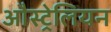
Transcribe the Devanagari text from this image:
औस्ट्रेलियन